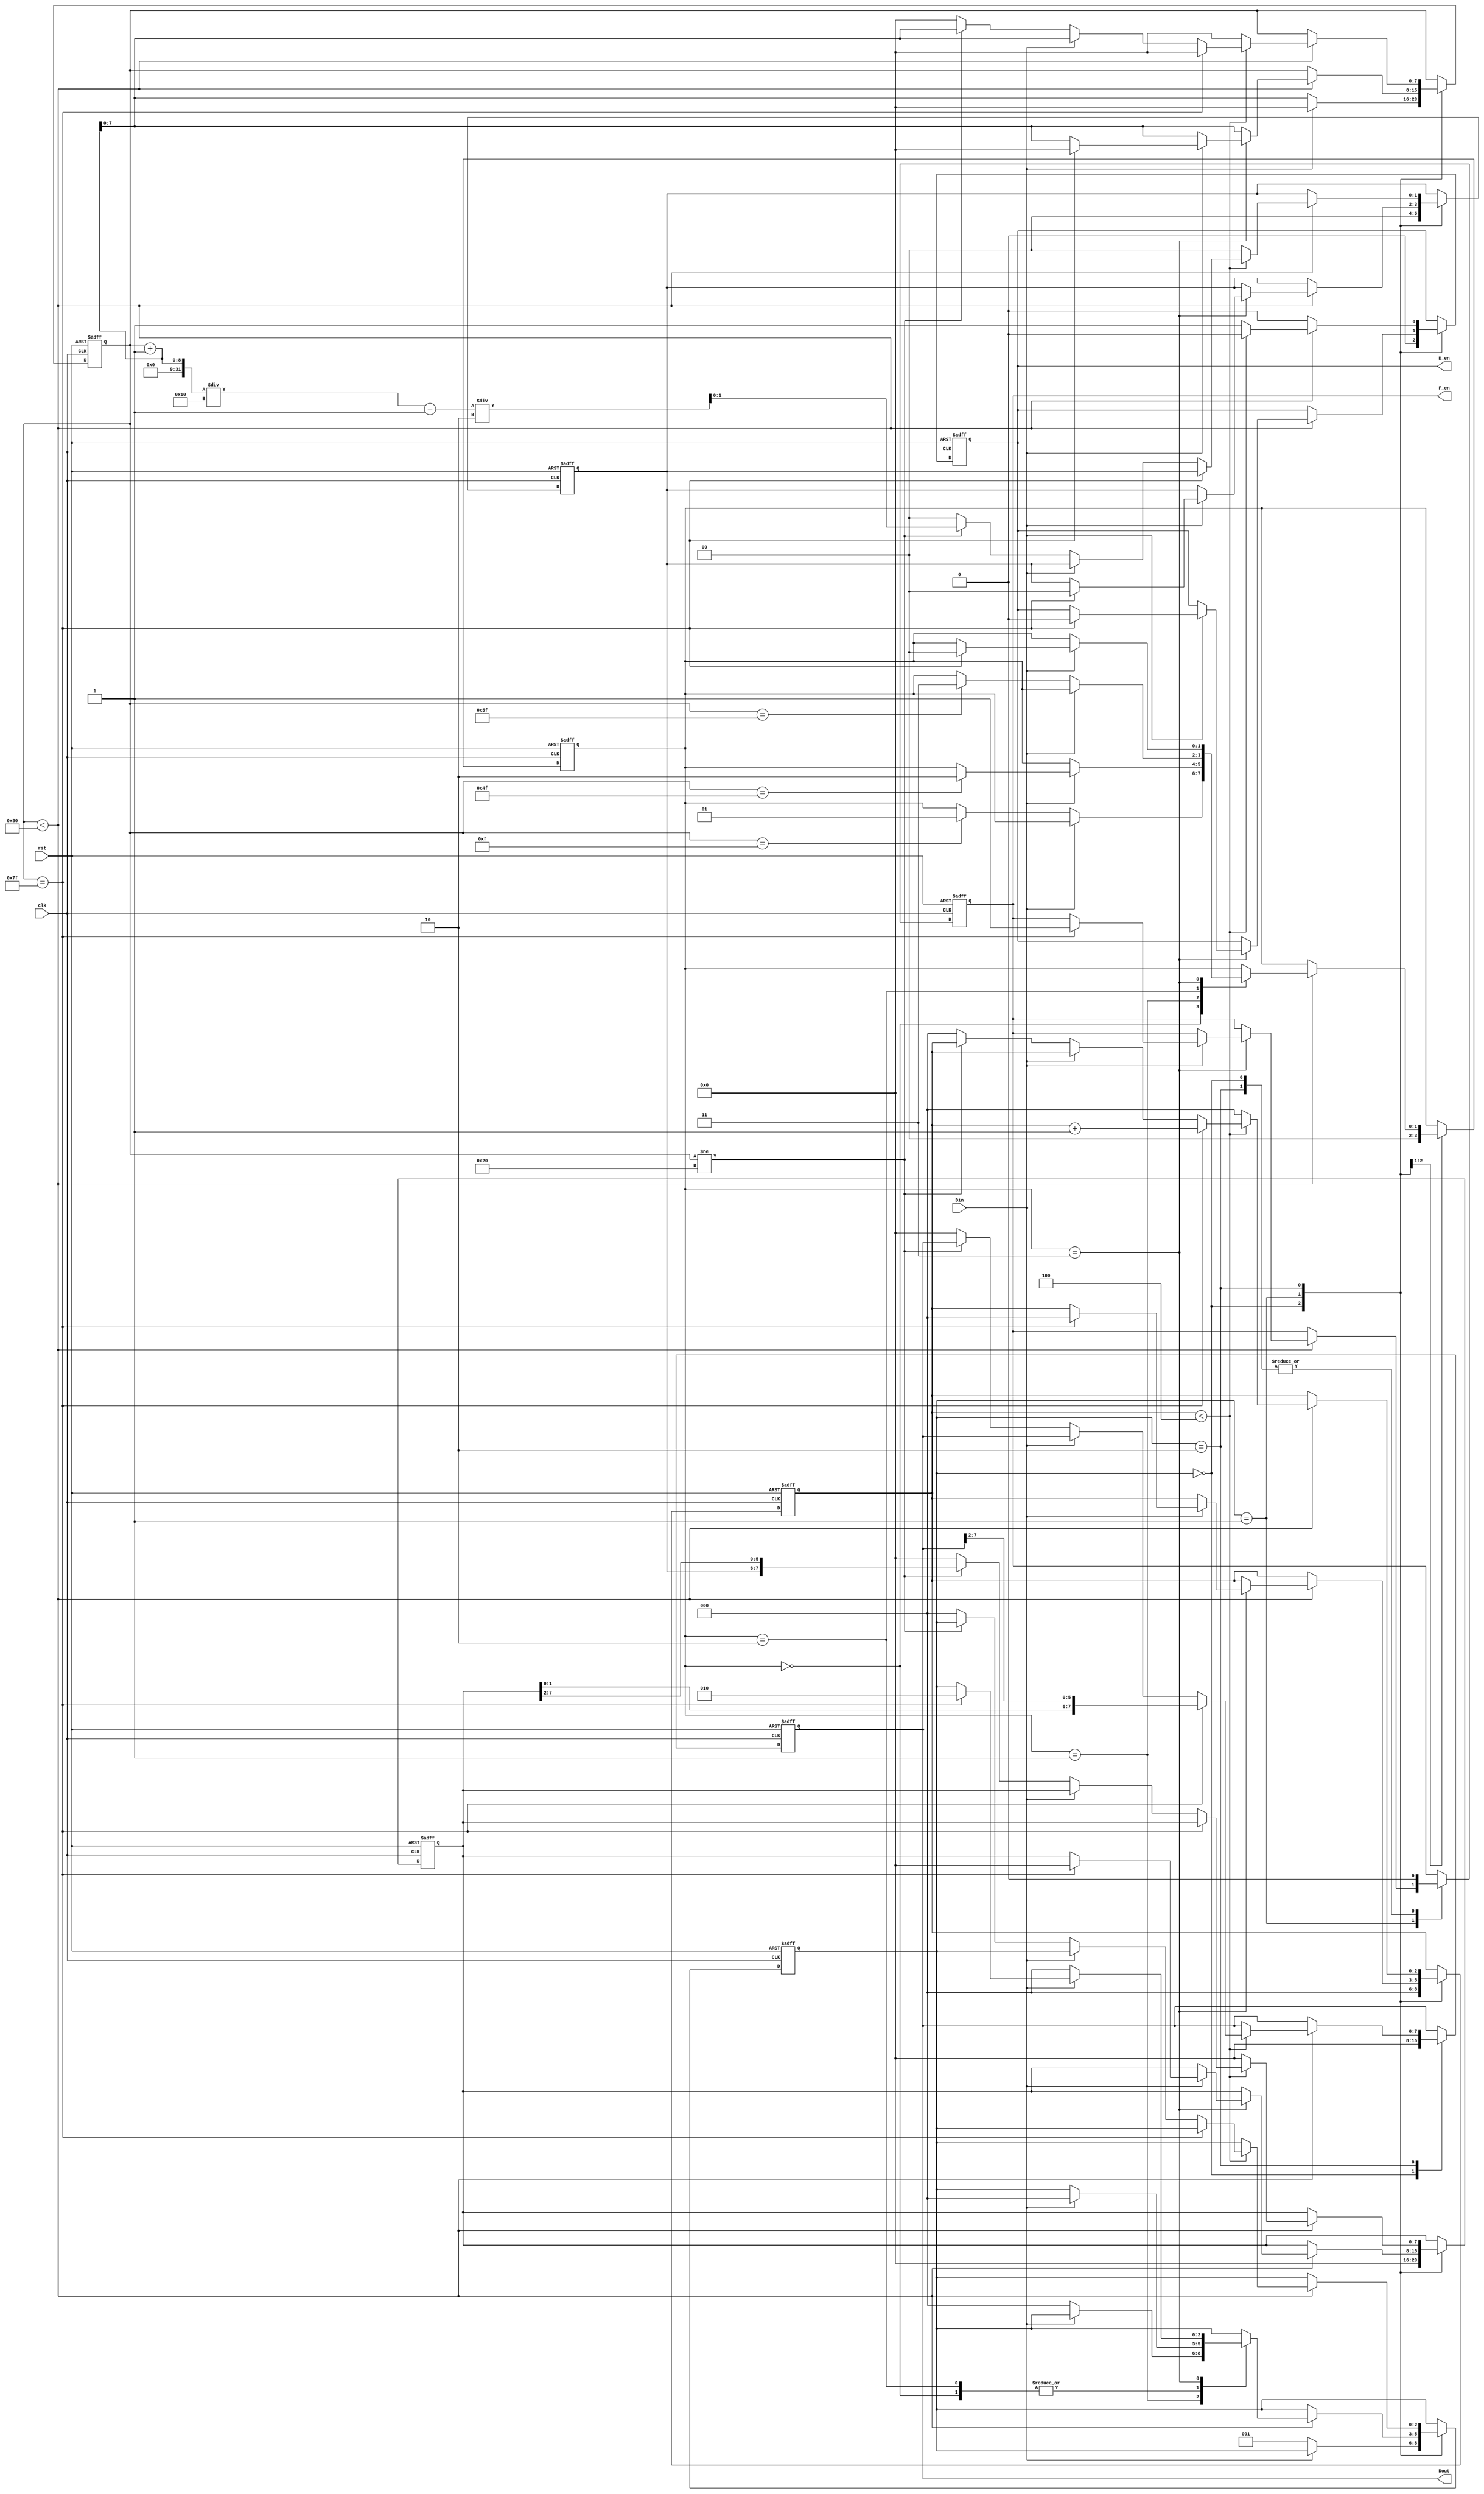
//////////////////////////////////////////////////////////////////////////////////
// Company: Tsinghua University
// 
// Design Name: VLC system
// Module Name: ppm_decoder
// Project Name: 
// Target Devices: 
// Tool Versions: 
// Description: 
// 
// Dependencies: 
// 
// Revision:
// Revision 0.01 - File Created
// Additional Comments:
// 
//////////////////////////////////////////////////////////////////////////////////

// convert the serial data to parallel data

`timescale 1ns / 1ps

module ppm_decoder(
    input wire clk,
    input wire rst,
    input wire Din,
    output reg [7:0] Dout,
    output reg D_en, // data enable
    output reg F_en // frame enable
);

parameter state_IDLE = 2'd0;
parameter state_WAIT = 2'd1;
parameter state_DECODE = 2'd2;

reg [2:0] state;
reg [7:0] clk_count;
reg [2:0] bit_count;
reg [1:0] data_bit;
reg [7:0] data_byte;
reg [1:0] frame_check_stage;

always @(posedge clk or negedge rst) begin
    if (!rst) begin
        state <= state_IDLE;
        clk_count <= 8'd0;
        bit_count <= 3'd0;
        data_bit <= 2'd0;
        data_byte <= 8'd0;
        D_en <= 1'b0;
        F_en <= 1'b0;
        frame_check_stage <= 0;
        Dout <= 0;
    end else begin
        case (state)
            state_IDLE: begin
                clk_count <= 8'd0;
                bit_count <= 3'd0;
                data_bit <= 2'd0;
                data_byte <= 8'd0;
                D_en <= 1'b0;
                F_en <= 1'b0;
                frame_check_stage <= 0;
                Dout <= 0;
                if (Din == 1'b0) begin
                    clk_count <= clk_count + 1;
                    state <= state_WAIT; 
                end
            end
            state_WAIT: begin // detect SOF
                if(clk_count < 8'd128) begin
                    clk_count <= clk_count + 1;
                    case (frame_check_stage)
                        2'd0: begin
                            if (Din == 1'b1)
                                state <= state_IDLE;
                            else begin
                                if (clk_count == 8'd15)
                                    frame_check_stage <= 2'd1;
                            end
                        end
                        2'd1: begin
                            if (Din == 1'b0)
                                state <= state_IDLE;
                            else begin
                                if (clk_count == 8'd79)
                                    frame_check_stage <= 2'd2;
                            end
                        end
                        2'd2: begin
                            if (Din == 1'b1)
                                state <= state_IDLE;
                            else begin
                                if (clk_count == 8'd95)
                                        frame_check_stage <= 2'd3;
                            end
                        end
                        2'd3: begin
                            if (Din == 1'b0)
                                state <= state_IDLE;
                            else begin 
                                if (clk_count == 8'd127) begin
                                    state <= state_DECODE;
                                    clk_count <= 8'd0;
                                    frame_check_stage <= 0;                                  
                                    bit_count <= 3'd0;
                                    data_bit <= 2'd0;
                                    data_byte <= 8'd0;                        
                                    D_en <= 1'b0;
                                    F_en <= 1'b1; // SOF detected
                                end
                            end
                        end
                    endcase
                end
            end
            state_DECODE: begin
                D_en <= 1'b0;
                F_en <= 1'b0;
                if (clk_count < 9'd128) begin
                    clk_count <= clk_count + 1;
                    if (bit_count < 3'd4) begin
                        if (clk_count == 9'd127) begin // shift the 2-bit decoded data
                            clk_count <= 0;
                            bit_count <= bit_count + 1;
                            Dout <= {data_byte[1:0], Dout[7:2]}; // MSB first
                        end else begin
                            if (Din == 1'b0) begin
                                if (clk_count != 9'd32) begin
                                    data_bit <= ((clk_count + 1) / 16 - 1) / 2; // map the clock count to the bit position
                                    data_byte <= {data_bit, data_byte[7:2]};
                                end else begin // detect EOF
                                    state <= state_IDLE;
                                    clk_count <= 8'd0;
                                    bit_count <= 3'd0;
                                    data_bit <= 2'd0;
                                    data_byte <= 8'd0;
                                    Dout <= 8'd0; 
                                end
                            end
                        end
                    end else begin // end of 1-byte data
                        bit_count <= 0;
                        clk_count <= 0;
                        data_bit <= 0;
                        data_byte <= 0;
                        D_en <= 1'b1;
                    end        
                end
            end
        endcase
    end
end

endmodule